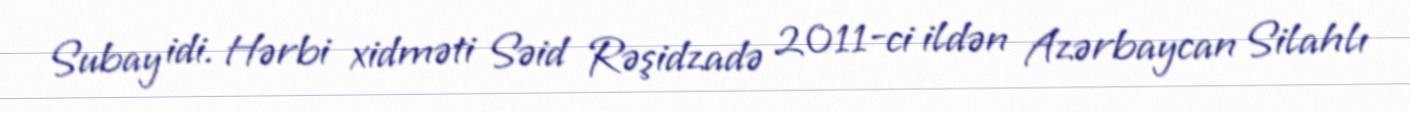
Subay idi. Hərbi xidməti Səid Rəşidzadə 2011-ci ildən Azərbaycan Silahlı